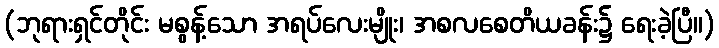
(ဘုရားရှင်တိုင်း မစွန့်သော အရပ်လေးမျိုး၊ အစလစေတိယခန်း၌ ရေးခဲ့ပြီ။)